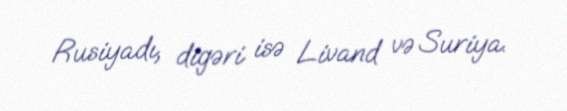
Rusiyadı, digəri isə Livand və Suriya.